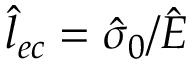
\hat { l } _ { e c } = \hat { \sigma } _ { 0 } / \hat { E }